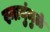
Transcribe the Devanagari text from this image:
स्नायुंमुळे